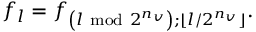
f _ { l } = f _ { \left( l ~ \mathrm { m o d } ~ 2 ^ { n _ { v } } \right) ; \lfloor l / 2 ^ { n _ { v } } \rfloor } .